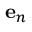
\mathbf { e } _ { n }